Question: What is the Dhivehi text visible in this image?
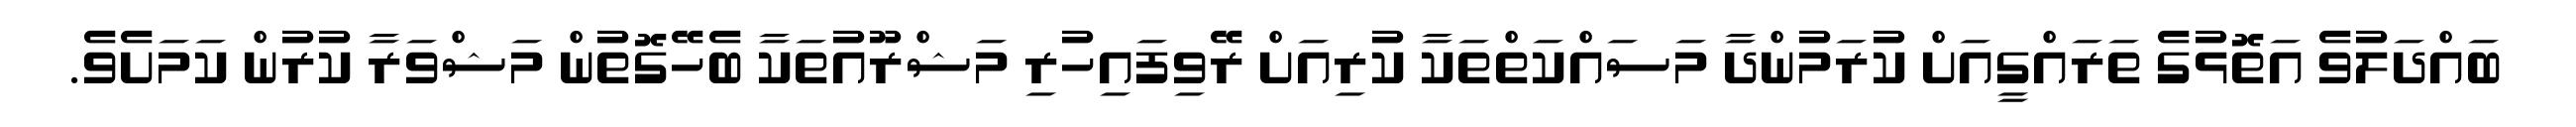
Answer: ބައްދަލުވެ އަތޮޅުގެ ތަރައްގީއަށް ކުރަމުންދާ މަސައްކަތްތަކާ ކުރިއަށް ރޭވިފައިހުރި މަޝްރޫއުތަކާ ބެހޭގޮތުން މަޝްވަރާ ކުރުން ކަމަށެވެ.